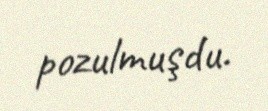
pozulmuşdu.